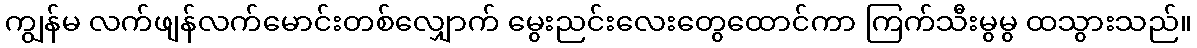
ကျွန်မ လက်ဖျန်လက်မောင်းတစ်လျှောက် မွေးညင်းလေးတွေထောင်ကာ ကြက်သီးမွမွ ထသွားသည်။